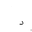
Letter: _dal